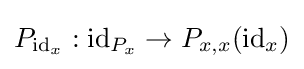
P_{{\text{id}}_{x}}:{\text{id}}_{P_{x}}\to P_{x,x}({\text{id}}_{x})